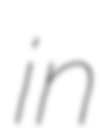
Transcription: in